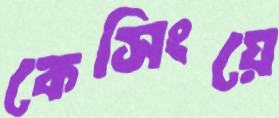
কেসিংয়ে